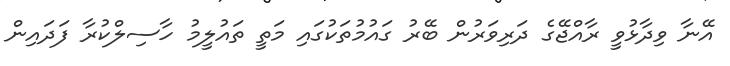
އޭނާ ވިދާޅުވީ ރާއްޖޭގެ ދަރިވަރުން ބޭރު ގައުމުތަކުގައި މަތީ ތައުލީމު ހާސިލްކުރާ ފަދައިން